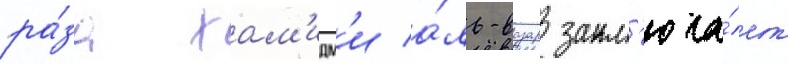
ра́за хам'идм'и а́ль-вазар закл'юча́ет